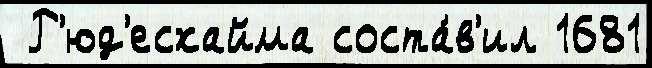
 Р'юд'есхайма соста́в'ил 1681